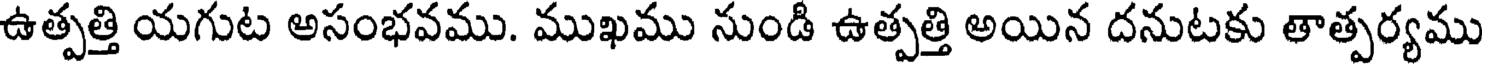
ఉత్పత్తి యగుట అసంభవము. ముఖము నుండి ఉత్పత్తి అయిన దనుటకు తాత్పర్యము